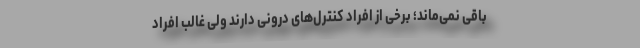
باقی نمی‌ماند؛ برخی از افراد کنترل‌های درونی دارند ولی غالب افراد